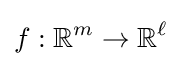
f:{\mathbb {R} }^{m}\rightarrow {\mathbb {R} }^{\ell }